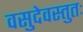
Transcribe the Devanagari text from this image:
वसुदेवस्तुतः